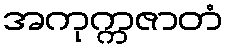
အကုက္ကဇာတံ